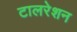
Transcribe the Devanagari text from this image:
टालरेशन